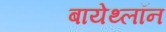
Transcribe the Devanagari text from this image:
बायेथ्लॉन